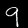
Digit: 9